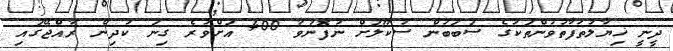
ދީނީ ޚިޔާލުތަފާތުވުންތަކުގެ ސަބަބުން ސުކޫލަށް ނުފޮނުވާ 400 އަށްވުރެ ގިނަ ކުދިން ރާއްޖޭގައި